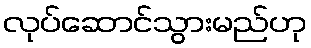
လုပ်ဆောင်သွားမည်ဟု